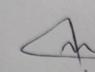
Signature authenticity: genuine